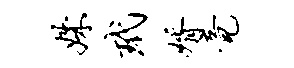
姝玳婿竟